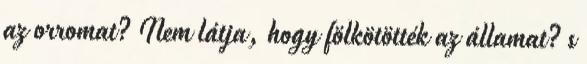
az orromat? Nem látja, hogy fölkötötték az államat? s